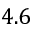
4 . 6